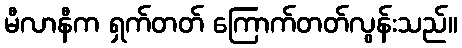
မီလာနီက ရှက်တတ် ကြောက်တတ်လွန်းသည်။